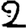
Digit: 2